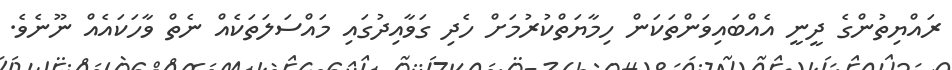
ރައްޔިތުންގެ ދީނީ އެއްބައިވަންތަކަން ހިމާޔަތްކުރުމަށް ހެދި ގަވާއިދުގައި މައްސަލަތަކެއް ނެތް ވާހަކައެއް ނޫނެވެ.